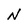
Character: N